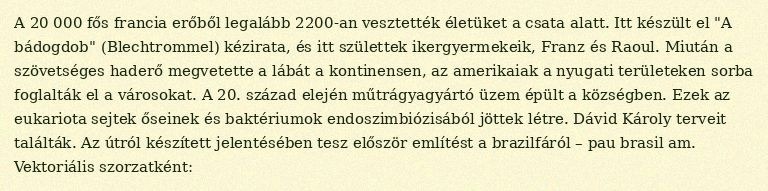
A 20 000 fős francia erőből legalább 2200-an vesztették életüket a csata alatt. Itt készült el "A bádogdob" (Blechtrommel) kézirata, és itt születtek ikergyermekeik, Franz és Raoul. Miután a szövetséges haderő megvetette a lábát a kontinensen, az amerikaiak a nyugati területeken sorba foglalták el a városokat. A 20. század elején műtrágyagyártó üzem épült a községben. Ezek az eukariota sejtek őseinek és baktériumok endoszimbiózisából jöttek létre. Dávid Károly terveit találták. Az útról készített jelentésében tesz először említést a brazilfáról – pau brasil am. Vektoriális szorzatként: